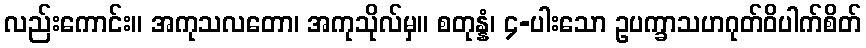
လည်းကောင်း။ အကုသလတော၊ အကုသိုလ်မှ။ စတုန္နံ၊ ၄-ပါးသော ဥပက္ခာသဟဂုတ်ဝိပါက်စိတ်